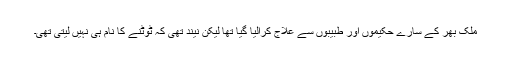
ملک بھر کے سارے حکیموں اور طبیبوں سے علاج کرالیا گیا تھا لیکن نیند تھی کہ ٹوٹنے کا نام ہی نہیں لیتی تھی۔